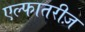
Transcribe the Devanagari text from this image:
एल्फातरीज़